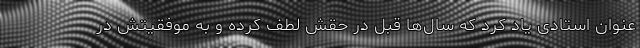
عنوان استادی یاد کرد که سال‌ها قبل در حقش لطف کرده و به موفقیتش در